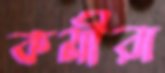
কর্মীরা